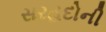
સરહદોની